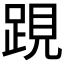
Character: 𨁍